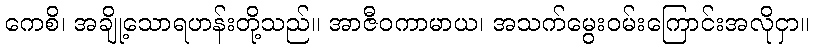
ကေစိ၊ အချို့သောရဟန်းတို့သည်။ အာဇီဝကာမာယ၊ အသက်မွေးဝမ်းကြောင်းအလိုငှာ။